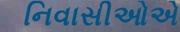
નિવાસીઓએ